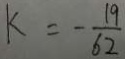
k = - \frac { 1 9 } { 6 2 }